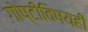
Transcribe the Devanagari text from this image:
गोष्टीविषयही